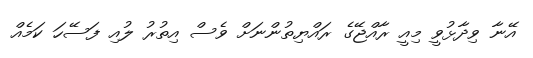
އޭނާ ވިދާޅުވީ މިއީ ރާއްޖޭގެ ރައްޔިތުންނަށް ވެސް އިތުރު ލުއި ފަސޭހަ ކަމެއް